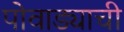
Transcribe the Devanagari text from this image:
पोवाड्याची